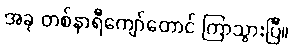
အခု တစ်နာရီကျော်တောင် ကြာသွားပြီ။